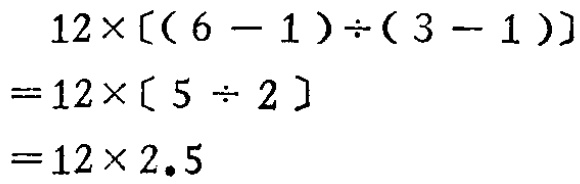
\[
\begin{align*}
&12\times[(6 - 1)\div(3 - 1)]\\
=&12\times[5\div2]\\
=&12\times2.5
\end{align*}
\]